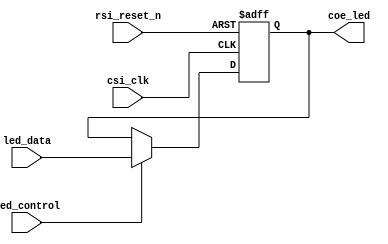
module zircon_led_logic
(
	//
	csi_clk,rsi_reset_n,
	//
	led_data,led_control,
	//
	coe_led
);

input         		csi_clk;	//
input         		rsi_reset_n;//
input 		[ 7:0]	led_data;	//led
input 				led_control;//led
output reg	[ 7:0]	coe_led;	//led

reg			[ 7:0]	coe_led_r;	//led

//led
always @(posedge csi_clk or negedge rsi_reset_n )
begin
    if(!rsi_reset_n)			//
		coe_led <= 8'hff;		//led0xffLED
	else
		coe_led <= coe_led_r;	//led
end

//led
always @ (*)
begin
	if(led_control)				//led
		coe_led_r = led_data;	//ledled
	else
		coe_led_r = coe_led;	//
end

endmodule